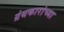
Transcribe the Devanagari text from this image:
ग्रंथकारांच्या